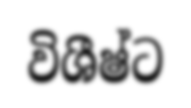
විශීෂ්ට